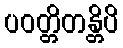
ပဝတ္တိတန္တိပိ